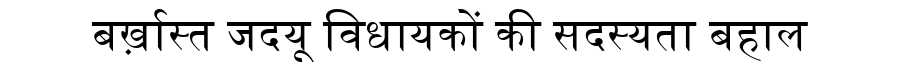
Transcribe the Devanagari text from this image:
बर्ख़ास्त जदयू विधायकों की सदस्यता बहाल